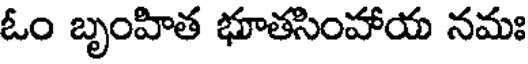
ఓం బృంహిత భూతసింహాయ నమః